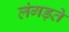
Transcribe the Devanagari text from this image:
लंगड़ते